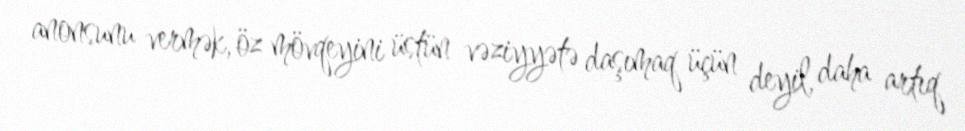
anonsunu vermək, öz mövqeyini üstün vəziyyətə daşımaq üçün deyil, daha artıq